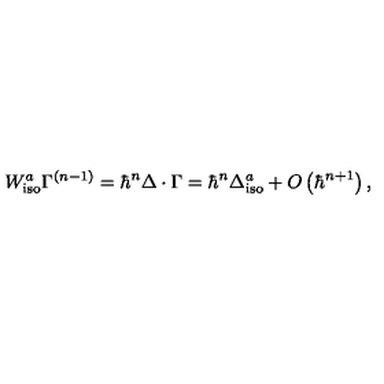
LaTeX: W _ { \mathrm { i s o } } ^ { a } \Gamma ^ { \left( n - 1 \right) } = \hbar ^ { n } \Delta \cdot \Gamma = \hbar ^ { n } \Delta _ { \mathrm { i s o } } ^ { a } + O \left( \hbar ^ { n + 1 } \right) ,